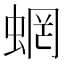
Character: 蝄